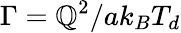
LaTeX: \Gamma={\mathbb{Q}^{2}}/{a{k_{B}}{T_{d}}}